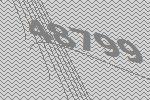
48799